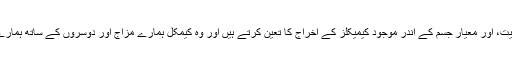
غذا کا وقت، مقدار، غذائیت، اور معیار جسم کے اندر موجود کیمیکلز کے اخراج کا تعین کرتے ہیں اور وہ کیمکل ہمارے مزاج اور دوسروں کے ساتھ ہمارے برتاؤ کا پتہ دیتے ہیں۔